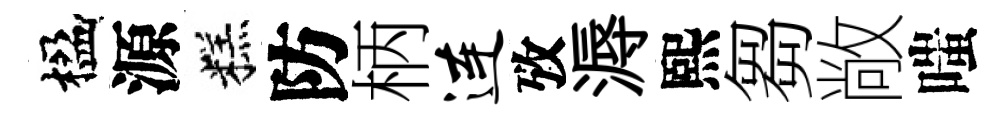
楹源糕防柄连攷溽熙芻敞嗤